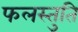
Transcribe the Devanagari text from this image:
फलस्तुति